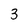
Character: 3